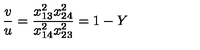
\frac { v } { u } = \frac { x _ { 1 3 } ^ { 2 } x _ { 2 4 } ^ { 2 } } { x _ { 1 4 } ^ { 2 } x _ { 2 3 } ^ { 2 } } = 1 - Y